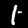
Label: 1